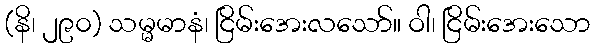
(နိ၊ ၂၉၀) သမ္မမာနံ၊ ငြိမ်းအေးလသော်။ ဝါ၊ ငြိမ်းအေးသော